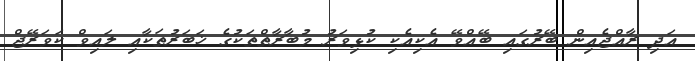
އަދި ރާއްޖެއިން ބޭރުގައި ބޭއްވޭ އެކިއެކި ކުޅިވަރު މުބާރާތްތަކުގެ ޚަބަރުތަކާއި ލައިވް ކަވަރޭޖް